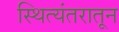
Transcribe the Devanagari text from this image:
स्थित्यंतरातून